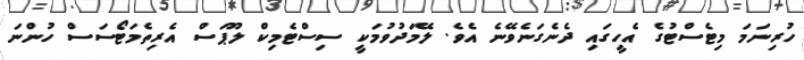
ހުރިނަމަ މިޓެސްޓުގެ އެހީގައި ދެނެގަނެވޭނެ އެވެ. ލޭމަދުވުމަކީ ސިސްޓެމިކް ލޫޕަސް އެރިތެމަޓޯސަސް ހުންނަ